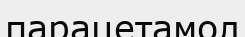
парацетамол